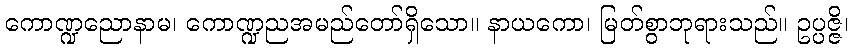
ကောဏ္ဍညောနာမ၊ ကောဏ္ဍညအမည်တော်ရှိသော။ နာယကော၊ မြတ်စွာဘုရားသည်။ ဥပ္ပဇ္ဇိ၊